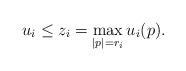
LaTeX: \begin{align*} u_i \le z_i = \max_{|p|=r_i}u_i(p).\end{align*}